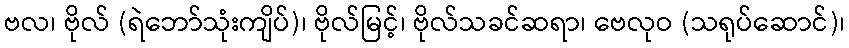
ဗလ၊ ဗိုလ် (ရဲဘော်သုံးကျိပ်)၊ ဗိုလ်မြင့်၊ ဗိုလ်သခင်ဆရာ၊ ဗေလုဝ (သရုပ်ဆောင်)၊